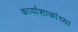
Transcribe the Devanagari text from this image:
कार्याशाळांच्या